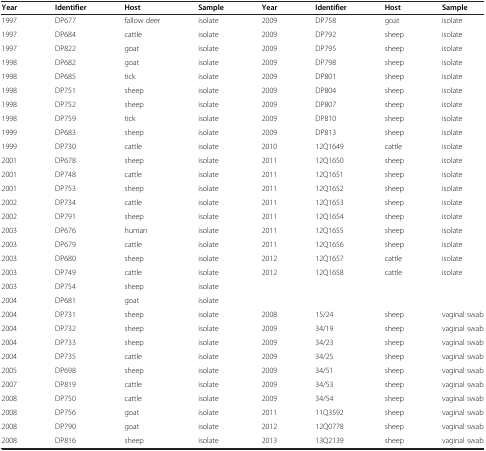
<table><thead><tr><td><b>Year</b></td><td><b>Identifier</b></td><td><b>Host</b></td><td><b>Sample</b></td><td><b>Year</b></td><td><b>Identifier</b></td><td><b>Host</b></td><td><b>Sample</b></td></tr></thead><tbody><tr><td>1997</td><td>DP677</td><td>fallow deer</td><td>isolate</td><td>2009</td><td>DP758</td><td>goat</td><td>isolate</td></tr><tr><td>1997</td><td>DP684</td><td>cattle</td><td>isolate</td><td>2009</td><td>DP792</td><td>sheep</td><td>isolate</td></tr><tr><td>1997</td><td>DP822</td><td>goat</td><td>isolate</td><td>2009</td><td>DP795</td><td>sheep</td><td>isolate</td></tr><tr><td>1998</td><td>DP682</td><td>goat</td><td>isolate</td><td>2009</td><td>DP798</td><td>sheep</td><td>isolate</td></tr><tr><td>1998</td><td>DP685</td><td>tick</td><td>isolate</td><td>2009</td><td>DP801</td><td>sheep</td><td>isolate</td></tr><tr><td>1998</td><td>DP751</td><td>sheep</td><td>isolate</td><td>2009</td><td>DP804</td><td>sheep</td><td>isolate</td></tr><tr><td>1998</td><td>DP752</td><td>sheep</td><td>isolate</td><td>2009</td><td>DP807</td><td>sheep</td><td>isolate</td></tr><tr><td>1998</td><td>DP759</td><td>tick</td><td>isolate</td><td>2009</td><td>DP810</td><td>sheep</td><td>isolate</td></tr><tr><td>1999</td><td>DP683</td><td>sheep</td><td>isolate</td><td>2009</td><td>DP813</td><td>sheep</td><td>isolate</td></tr><tr><td>1999</td><td>DP730</td><td>cattle</td><td>isolate</td><td>2010</td><td>12Q1649</td><td>cattle</td><td>isolate</td></tr><tr><td>2001</td><td>DP678</td><td>sheep</td><td>isolate</td><td>2011</td><td>12Q1650</td><td>sheep</td><td>isolate</td></tr><tr><td>2001</td><td>DP748</td><td>cattle</td><td>isolate</td><td>2011</td><td>12Q1651</td><td>sheep</td><td>isolate</td></tr><tr><td>2001</td><td>DP753</td><td>sheep</td><td>isolate</td><td>2011</td><td>12Q1652</td><td>sheep</td><td>isolate</td></tr><tr><td>2002</td><td>DP734</td><td>cattle</td><td>isolate</td><td>2011</td><td>12Q1653</td><td>sheep</td><td>isolate</td></tr><tr><td>2002</td><td>DP791</td><td>sheep</td><td>isolate</td><td>2011</td><td>12Q1654</td><td>sheep</td><td>isolate</td></tr><tr><td>2003</td><td>DP676</td><td>human</td><td>isolate</td><td>2011</td><td>12Q1655</td><td>sheep</td><td>isolate</td></tr><tr><td>2003</td><td>DP679</td><td>cattle</td><td>isolate</td><td>2011</td><td>12Q1656</td><td>sheep</td><td>isolate</td></tr><tr><td>2003</td><td>DP680</td><td>sheep</td><td>isolate</td><td>2012</td><td>12Q1657</td><td>cattle</td><td>isolate</td></tr><tr><td>2003</td><td>DP749</td><td>cattle</td><td>isolate</td><td>2012</td><td>12Q1658</td><td>cattle</td><td>isolate</td></tr><tr><td>2003</td><td>DP754</td><td>sheep</td><td>isolate</td><td> </td><td> </td><td> </td><td> </td></tr><tr><td>2004</td><td>DP681</td><td>goat</td><td>isolate</td><td> </td><td> </td><td> </td><td> </td></tr><tr><td>2004</td><td>DP731</td><td>sheep</td><td>isolate</td><td>2008</td><td>15/24</td><td>sheep</td><td>vaginal swab</td></tr><tr><td>2004</td><td>DP732</td><td>sheep</td><td>isolate</td><td>2009</td><td>34/19</td><td>sheep</td><td>vaginal swab</td></tr><tr><td>2004</td><td>DP733</td><td>sheep</td><td>isolate</td><td>2009</td><td>34/23</td><td>sheep</td><td>vaginal swab</td></tr><tr><td>2004</td><td>DP735</td><td>cattle</td><td>isolate</td><td>2009</td><td>34/25</td><td>sheep</td><td>vaginal swab</td></tr><tr><td>2005</td><td>DP698</td><td>sheep</td><td>isolate</td><td>2009</td><td>34/51</td><td>sheep</td><td>vaginal swab</td></tr><tr><td>2007</td><td>DP819</td><td>cattle</td><td>isolate</td><td>2009</td><td>34/53</td><td>sheep</td><td>vaginal swab</td></tr><tr><td>2008</td><td>DP750</td><td>cattle</td><td>isolate</td><td>2009</td><td>34/54</td><td>sheep</td><td>vaginal swab</td></tr><tr><td>2008</td><td>DP756</td><td>goat</td><td>isolate</td><td>2011</td><td>11Q3592</td><td>sheep</td><td>vaginal swab</td></tr><tr><td>2008</td><td>DP790</td><td>goat</td><td>isolate</td><td>2012</td><td>12Q0778</td><td>sheep</td><td>vaginal swab</td></tr><tr><td>2008</td><td>DP816</td><td>sheep</td><td>isolate</td><td>2013</td><td>13Q2139</td><td>sheep</td><td>vaginal swab</td></tr></tbody></table>